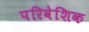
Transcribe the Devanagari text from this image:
परिवेशिक